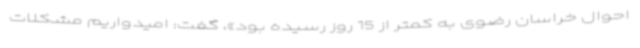
احوال خراسان رضوی به کمتر از 15 روز رسیده بود»، گفت: امیدواریم مشکلات